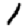
Digit: 1